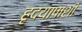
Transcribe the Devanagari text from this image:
हृदयापाशी